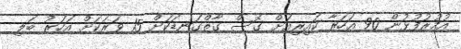
އުމުރުފުޅުން 90 އަހަރާ ކައިރިއަށް ގޮސް ގާތްގަނޑަކަށް 15 ވަރަކަށް އަހަރު ބަލި